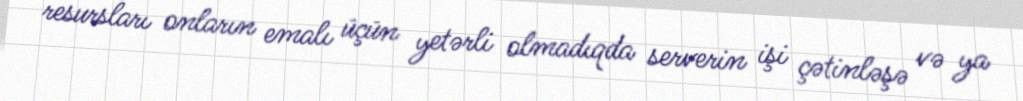
resursları onların emalı üçün yetərli olmadıqda serverin işi çətinləşə və ya